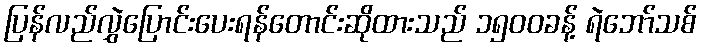
ပြန်လည်လွှဲပြောင်းပေးရန်တောင်းဆိုထားသည် ၁၅၀၀ခန့် ရဲဘော်သစ်